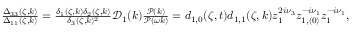
\begin{array} { r l } & { \frac { \Delta _ { 3 3 } ( \zeta , k ) } { \Delta _ { 1 1 } ( \zeta , k ) } = \frac { \delta _ { 1 } ( \zeta , k ) \delta _ { 2 } ( \zeta , k ) } { \delta _ { 3 } ( \zeta , k ) ^ { 2 } } \mathcal { D } _ { 1 } ( k ) \frac { \mathcal { P } ( k ) } { \mathcal { P } ( \omega k ) } = d _ { 1 , 0 } ( \zeta , t ) d _ { 1 , 1 } ( \zeta , k ) z _ { 1 } ^ { 2 i \nu _ { 3 } } z _ { 1 , ( 0 ) } ^ { - i \nu _ { 1 } } z _ { 1 } ^ { - i \nu _ { 1 } } , } \end{array}